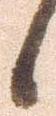
候